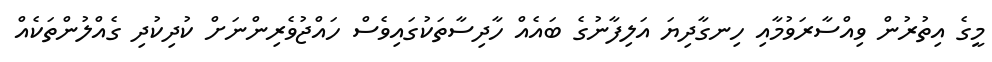
މީގެ އިތުރުން ވިއްސާރަވުމާއި ހިނގާދިޔަ އަލިފާނުގެ ބައެއް ހާދިސާތަކުގައިވެސް ހައްޖުވެރިންނަށް ކުދިކުދި ގެއްލުންތަކެއް